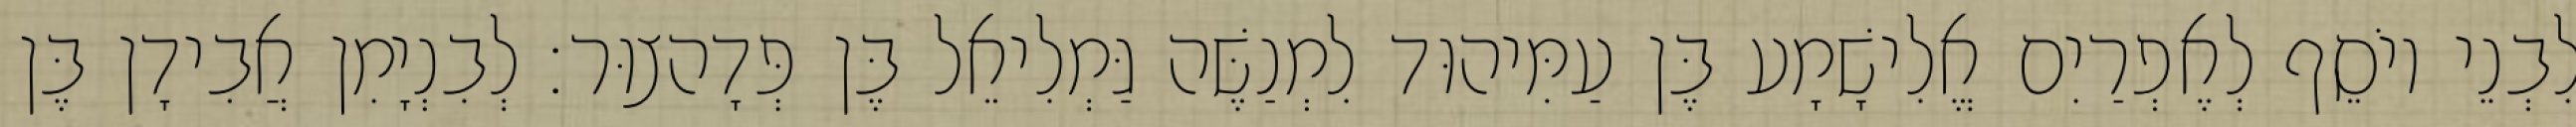
לִבְנֵי יוֹסֵף לְאֶפְרַיִם אֱלִישָׁמָע בֶּן עַמִּיהוּד לִמְנַשֶּׁה גַּמְלִיאֵל בֶּן פְּדָהצוּר׃ לְבִנְיָמִן אֲבִידָן בֶּן